Vaccine operations Central Provinces & Berar 1922-1929 - 1922-1929
Year: 1922
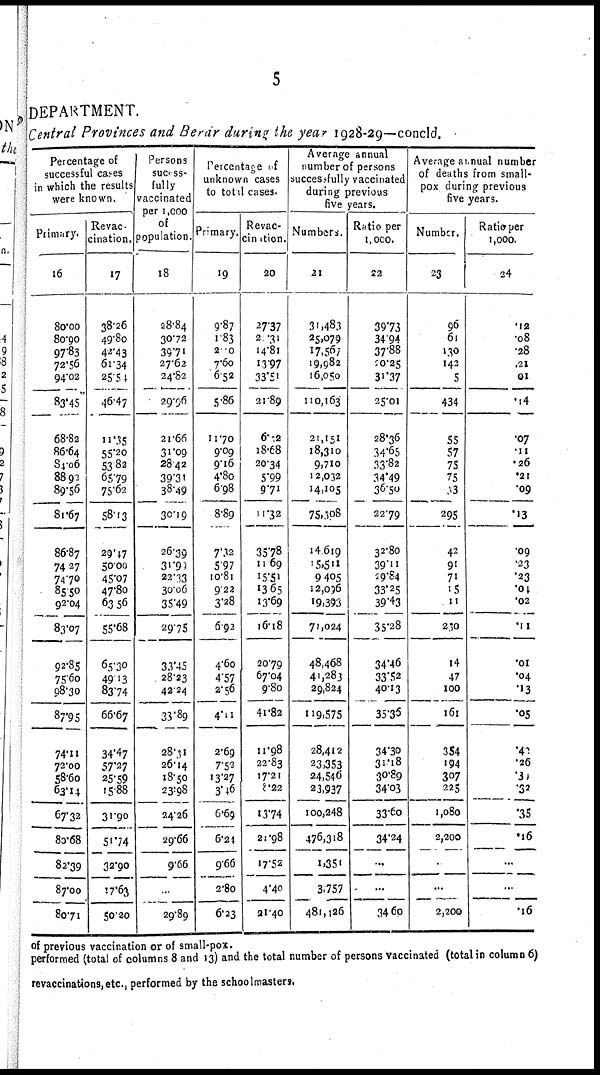
5
DEPARTMENT.
Central Provinces and Berar during the year 1928-29—concld.
Percentage of
successful cases
in which the results
were known.
Primary.
16
80.00
80.90
97.83
72.56
94.02
83.45
68.82
86.64
84.06
88.93
89.56
81.67
86.87
74.27
74.70
85.50
92.04
83.07
92.85
75.60
98.30
87.95
74.11
72.00
58.60
63.14
67.32
80.68
82.39
87.00
80.71
Revac-
cination.
17
38.26
49.80
42.43
61.34
25.54
46.47
11.35
55.20
53.82
65.79
75.62
58.13
29.17
50.00
45.07
47.80
63.56
55.68
65.30
49.13
83.74
66.67
34.47
57.27
25.59
15.88
31.90
51.74
32.90
17.63
50.20
Persons
success¬
fully
vaccinated
per 1,000
of
population.
18
28.84
30.72
39.71
27.62
24.82
29.96
21.66
31.09
28.42
39.31
38.49
30.19
26.39
31.99
23.33
30.06
35.49
29.75
33.45
28.23
42.24
33.89
28.31
26.14
18.50
23.98
24.26
29.66
9.66
..
29.89
Percentage of
unknown cases
to total cases.
Primary.
19
9.87
1.83
2.0
7.60
6.52
5.86
11.70
9.09
9.16
4.80
6.98
8.89
7.32
5.97
10.81
9.22
3.28
6.92
4.60
4.57
2.56
4.11
2.69
7.52
13.27
3.46
6.69
6.24
9.66
2.80
6.23
Revac-
cination.
20
27.37
2.31
14.81
13.97
33.51
21.89
6.12
18.68
20.34
5.99
9.71
11.32
35.78
11.69
15.51
13.65
13.69
16.18
20.79
67.04
9.80
41.82
11.98
22.83
17.21
8.22
13.74
21.98
17.52
4.40
21.40
Average annual
number of persons
successfully vaccinated
during previous
five years.
Numbers.
21
31,483
25,079
17,567
19,982
16,050
110,163
21,151
18,310
9,710
12,032
14,105
75,308
14,619
15,511
9,405
12,036
19,393
71,024
48,468
41,283
29,824
119,575
28,412
23,353
24,546
23,937
100,248
476,318
1,351
3,757
481,126
Ratio per
1,000.
22
39.73
34.94
37.88
20.25
31.37
25.01
28.36
34.65
33.82
34.49
36.50
22.79
32.80
39.11
29.84
33.25
39.43
35.28
34.46
33.52
40.13
35.36
34.30
31.18
30.89
34.03
33.60
34.24
...
...
34.60
Average annual number
of deaths from small-
pox during previous
five years.
Number.
23
96
61
130
142
5
434
55
57
75
75
33
295
42
91
71
15
11
230
14
47
100
161
354
194
307
225
1,080
2,200
.
...
2,200
Ratio per
1,000.
24
.12
.08
.28
.21
01
.14
.07
.11
.26
.21
.09
.13
.09
.23
.23
.04
.02
.11
.01
.04
.13
.05
.45
.26
.30
.32
.35
.16
...
..
.16
of previous vaccination or of small-pox.
performed (total of columns 8 and 13) and the total number of persons vaccinated (total in column 6)
revaccinations,etc., performed by the schoolmasters.